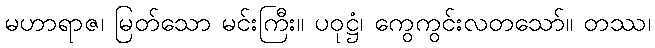
မဟာရာဇ၊ မြတ်သော မင်းကြီး။ ပဝုဋ္ဌံ၊ ကွေကွင်းလတသော်။ တဿ၊